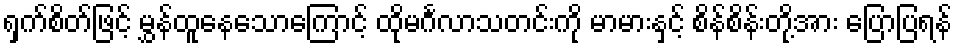
ရှက်စိတ်ဖြင့် မွှန်ထူနေသောကြောင့် ထိုမင်္ဂလာသတင်းကို မာမားနှင့် စိန်စိန်းတို့အား ပြောပြရန်